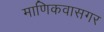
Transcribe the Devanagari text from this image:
माणिकवासगर